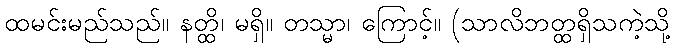
ထမင်းမည်သည်။ နတ္ထိ၊ မရှိ။ တသ္မာ၊ ကြောင့်။ (သာလိဘတ္ထရှိသကဲ့သို့